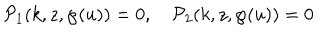
{ \cal P } _ { 1 } ( k , z , \wp ( u ) ) = 0 , \quad { \cal P } _ { 2 } ( k , z , \wp ( u ) ) = 0